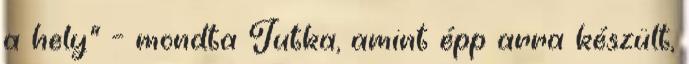
a hely” – mondta Jutka, amint épp arra készült,